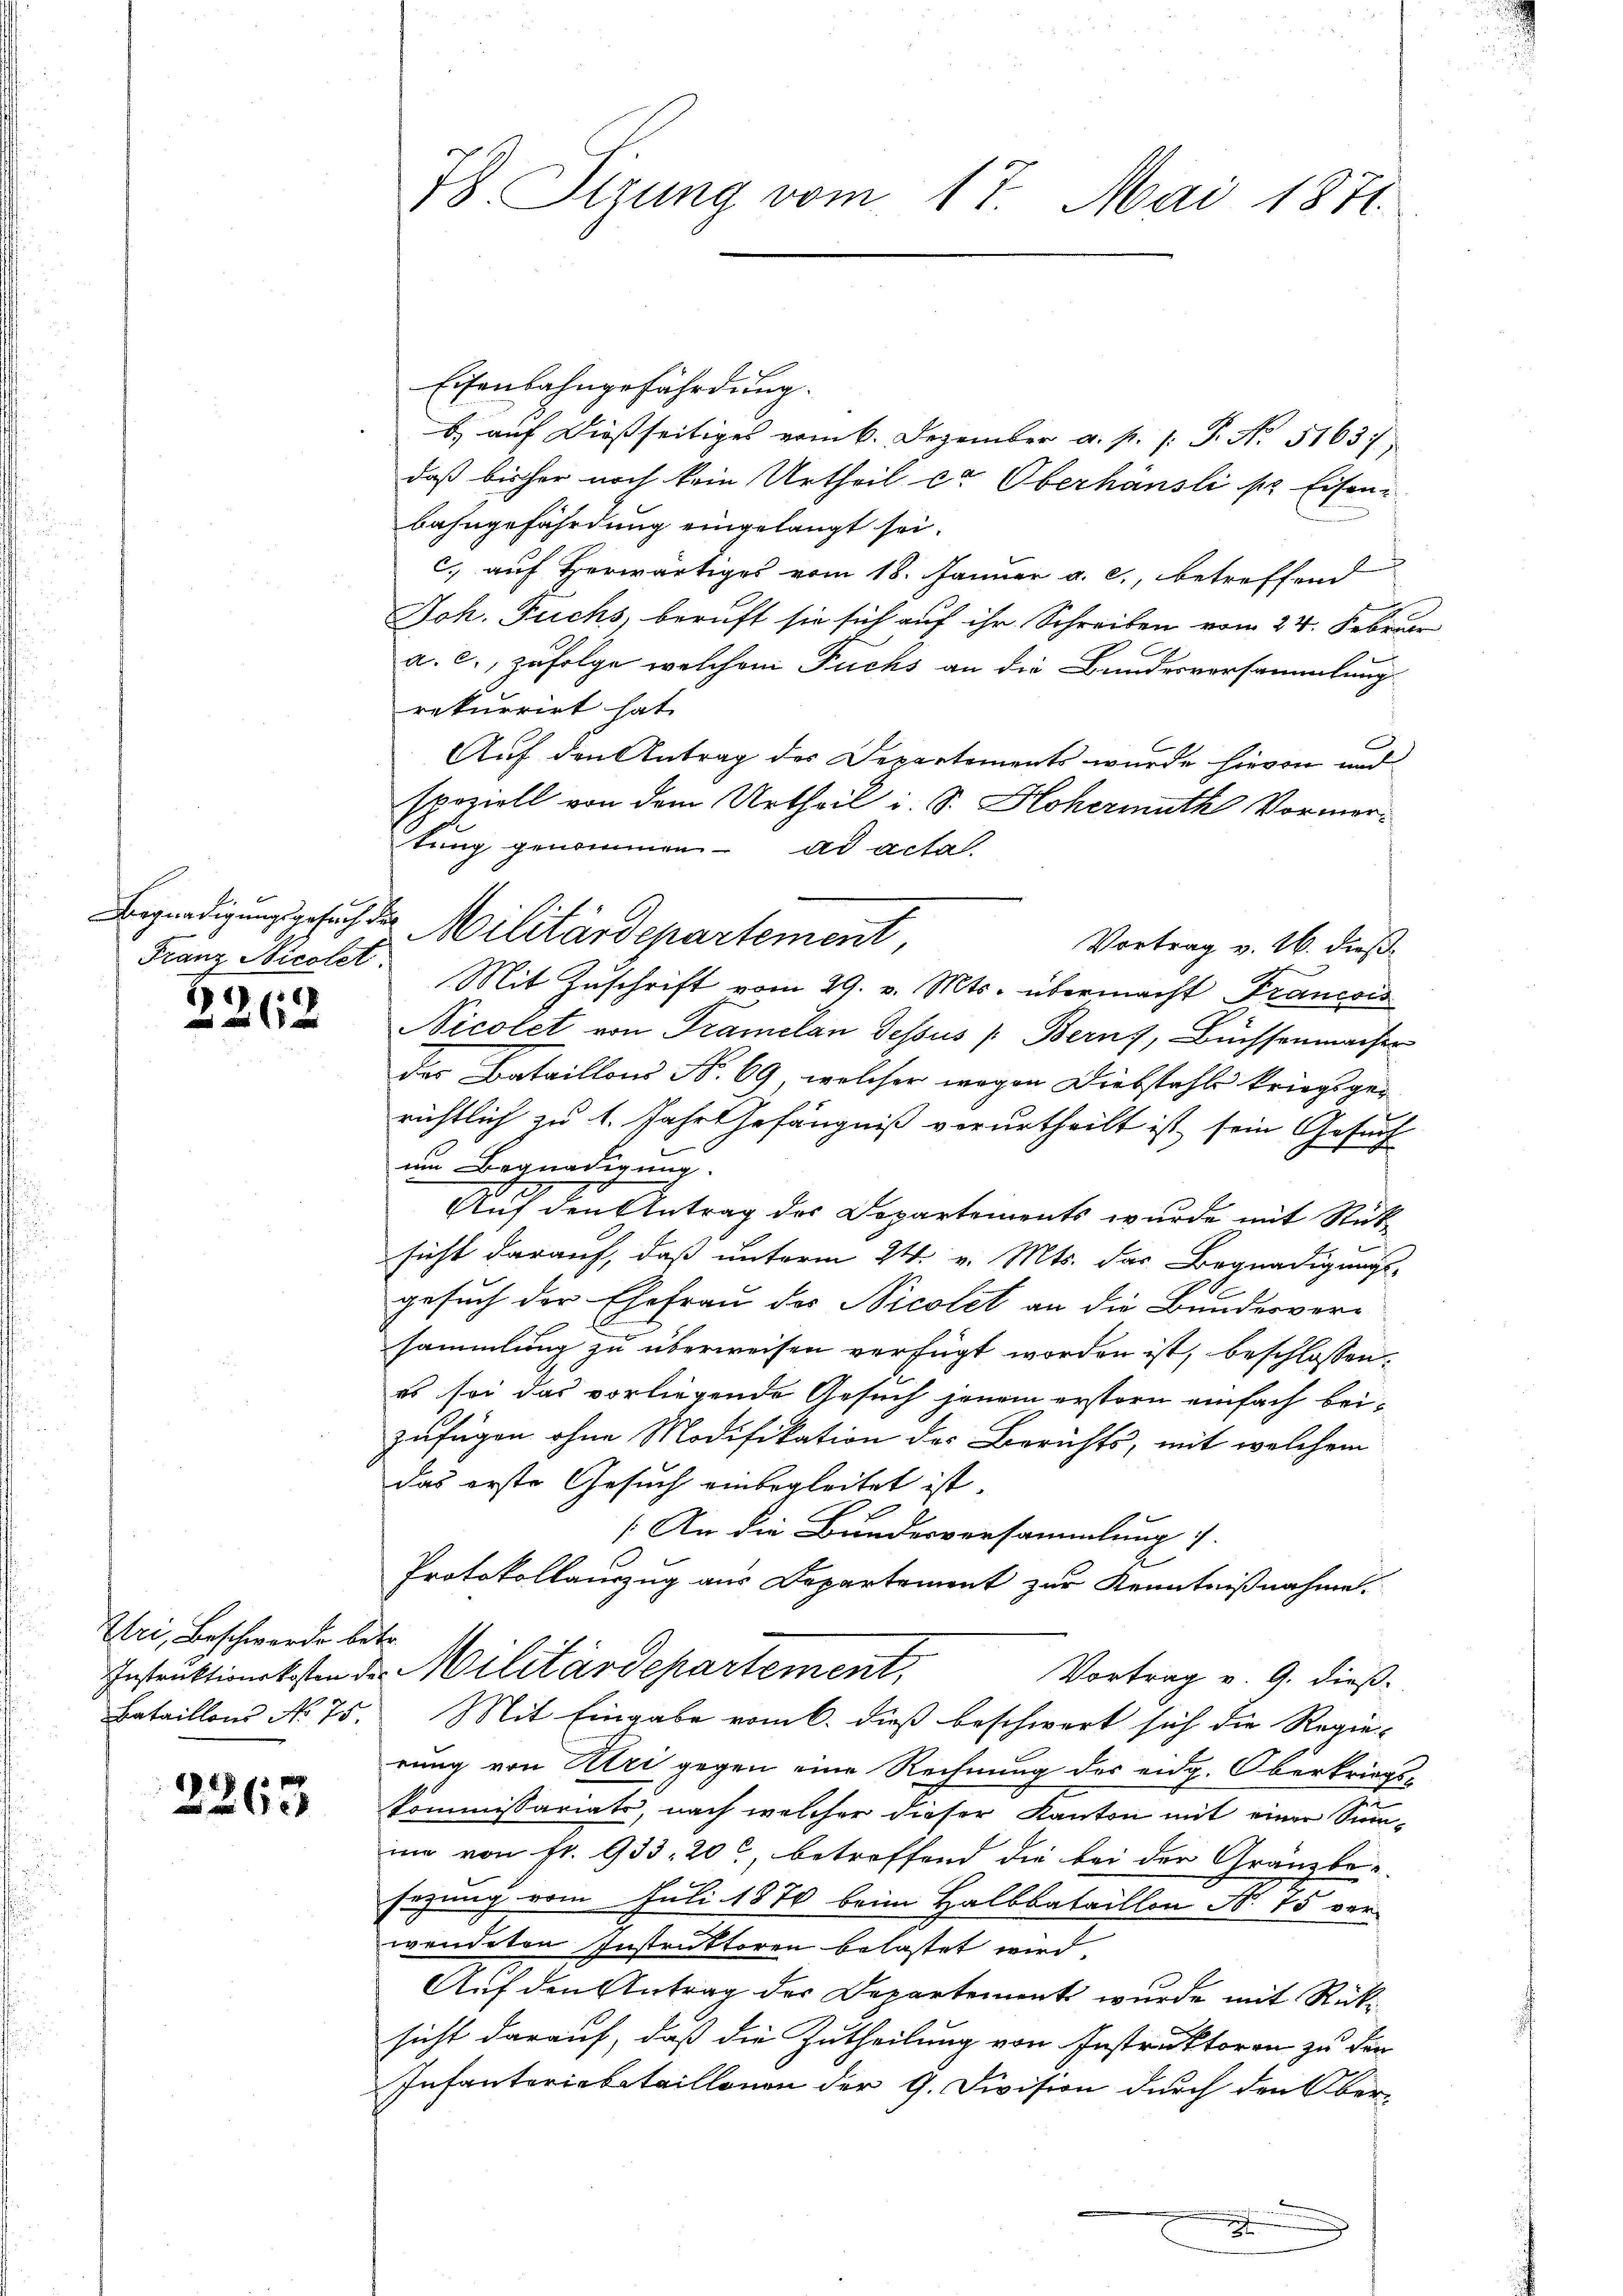
A.
Franz Nicolet.

1
26 x

Uri, Beschwerde betr.
Instruktionskosten d.
Bataillons No 75.

226.

78. Sizung vom 17. Mai 1871.

Eisenbahngefährdung.
b) auf dießseitiges vom 6. Dezember a. p. /: P. Nr. 51637
daß bisher noch kein Urtheil cr Oberhäusli pr Eisen
bahngefährdung eingelangt sei.
c. auf Herwärtiges vom 18. Januar a. c., betreffend
Joh. Fuchs, beruft sie sich auf ihr Schreiben vom 24. Februar
a. c., zufolge welchem Fuchs an die Bundesversammlung
rekurrirt hat.
Auf den Antrag des Departements wurde hievon und
speziell von dem Urtheil i. S. Hohermuth Vormertung genommen ad acta.
Vortrag v. 26. dieß
Mit Zuschrift vom 29. v. Mts. übermacht Francois
Nicolet von Tramelan dessus (Bern, Büchsenmacher
des Bataillons No. 69, welcher wegen Diebstahls kriegsge-
richtlich zu 1. Jahr Gefängniß verurtheilt ist, sein Gesuch
um Begnadigung.
Auf den Antrag des Departements wurde mit Rücksicht darauf, daß unterm 24. v. Mts. das Begnadigungs-
gesuch der Ehefrau des Nicolet an die Bundesver-
sammlung zu überweisen verfügt worden ist, beschlossen:
es sei das vorliegende Gesuch jenem erstern einfach beizufügen ohne Modifikation des Berichts, mit welchem
das erste Gesuch einbegleitet ist.
An die Bundesversammlung i
2
Protokollauszug aus Departement zur Kenntnißnahme.
Militärdepartement,
Vortrag v. 9. dieß.
Mit Eingabe vom 6. dieß beschwert sich die Regie-
rung von Uri gegen eine Rechnung des eidg. Oberkriegs¬
Kommissariats, nach welcher dieser Kanton mit einer Summe von fr. 933, 20, betroffend die bei der Graube-
sezung vom Juli 1870 beim Halbbataillon No 75 verwendeten Instruktoren belastet wird.
Auf den Antrag der Departement wurde mit Rücksicht darauf, daß die Zutheilung von Instruktoren zu den
Infanteriebetaillonon der 9. Division durch den Ober-

Begnadigungsgesuch des Militärdepartement

.
e
.